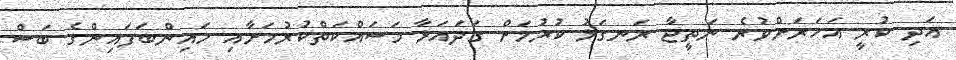
އަދި ކުރީ އަހަރަށްވުރެ ނަތީޖާ ރަނގަޅު ކުރުމަށް ގަދައަޅާ މަސައްކަތްކުރުމަށާއި މައިންބަފައިންގެ ބަސް